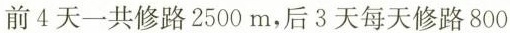
前4天一共修路2500m，后3天每天修路800